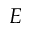
E